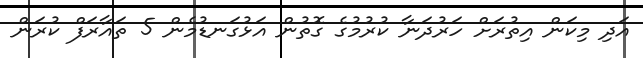
އަދި މިކަން އިތުރަށް ހަރުދަނާ ކުރުމުގެ ގޮތުން އަޅުގަނޑުމެން 5 ތައާރަފް ކުރަން